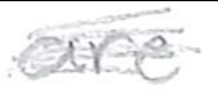
Text: are
Cross-out: mix
Writing tool: pencil